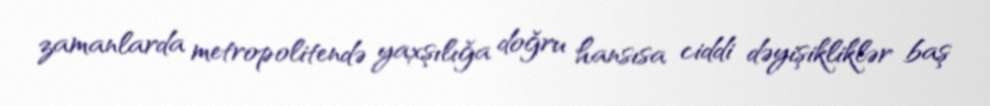
zamanlarda metropolitendə yaxşılığa doğru hansısa ciddi dəyişikliklər baş